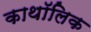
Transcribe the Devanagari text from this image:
काथॉलिक